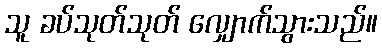
သူ ခပ်သုတ်သုတ် လျှောက်သွားသည်။